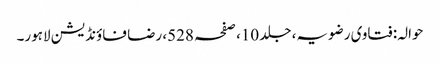
حوالہ: فتاوی رضویہ، جلد 10، صفحہ 528، رضا فاؤنڈیشن لاہور۔